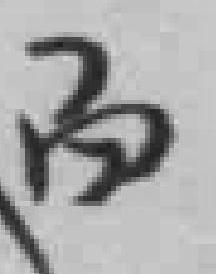
而